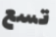
تسع